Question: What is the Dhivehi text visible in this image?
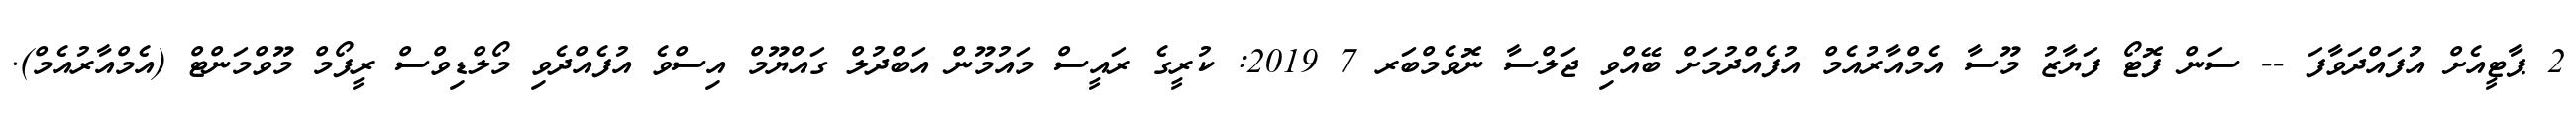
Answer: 2 ޕާޓީއެށް އުފައްދަވާފަ -- ސަން ފޮޓޯ ފަޔާޒު މޫސާ އެމްއާރުއެމް އުފެއްދުމަށް ބޭއްވި ޖަލްސާ ނޮވެމްބަރ 7 2019: ކުރީގެ ރައީސް މައުމޫން އަބްދުލް ގައްޔޫމް އިސްވެ އުފެއްދެވި މޯލްޑިވްސް ރީފޯމް މޫވްމަންޓް (އެމްއާރުއެމް).